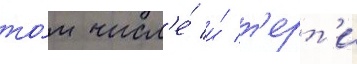
то́м числ'е́ и́ т'ерт'и